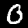
Label: 0